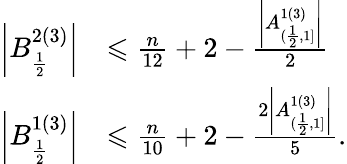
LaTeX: \begin{array}{rl}{\left|B_{\frac{1}{2}}^{2(3)}\right|}&{\leqslant\frac{n}{12}+2-\frac{\left|A_{(\frac{1}{2},1]}^{1(3)}\right|}{2}}\\ {\left|B_{\frac{1}{2}}^{1(3)}\right|}&{\leqslant\frac{n}{10}+2-\frac{2\left|A_{(\frac{1}{2},1]}^{1(3)}\right|}{5}.}\end{array}